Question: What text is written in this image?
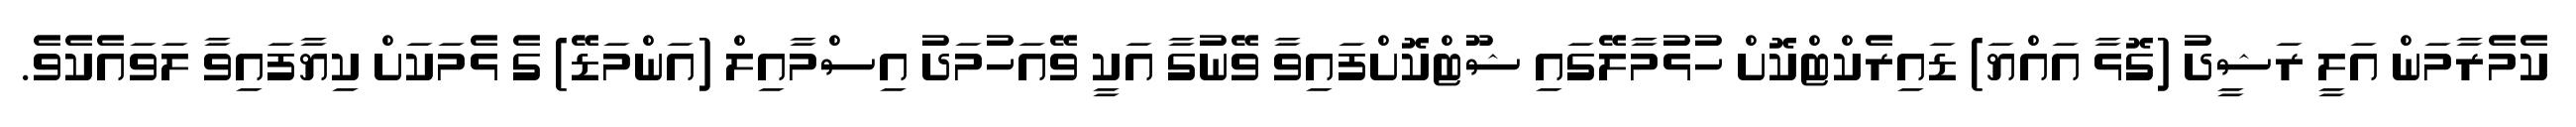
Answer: ކެމެރާމަން އަލީ ރަޝީދު (ގޮޅާ އައްޔަ) ޑައިރެކްޓްކޮށް ހުޅުމާލޭގައި ޝޫޓްކޮށްފައިވާ ވޭނުގާ އަކީ ވޭއަހުމަދު އިސްމާއިލް (އަންމަޑޭ) ގެ ޅެމަކަށް ކިޔާފައިވާ ލަވައެކެވެ.